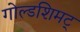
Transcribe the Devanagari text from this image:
गोल्डशिमट्